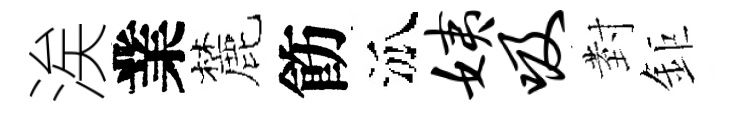
涘業麓飭泒姨吸𭔹鉅